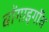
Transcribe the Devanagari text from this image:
बोंगाइगाँव